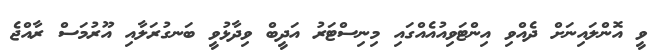
ވީ އޮންލައިނަށް ދެއްވި އިންޓަވިއުއެއްގައި މިނިސްޓަރު އަދީބް ވިދާޅުވީ ބަނގުރަލާއި އޫރުމަސް ރާއްޖެ